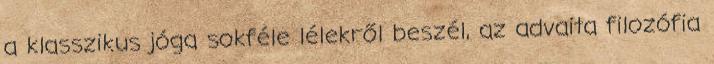
a klasszikus jóga sokféle lélekről beszél, az advaita filozófia